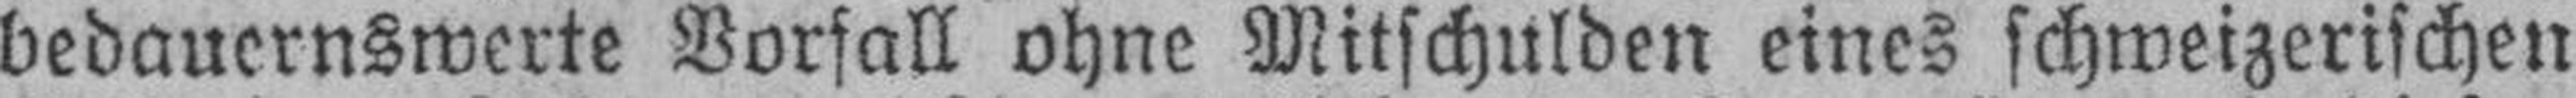
bedauernswerte Vorfall ohne Mitschulden eines schweizerischen